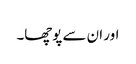
اور ان سے پوچھا۔